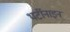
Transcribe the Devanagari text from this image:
थर्टीनाइन